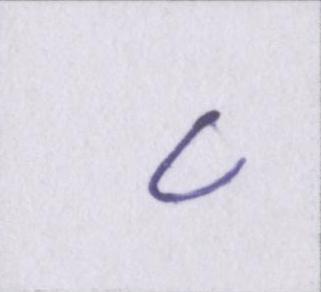
८